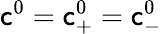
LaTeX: \mathsf{c}^{0}=\mathsf{c}_{+}^{0}=\mathsf{c}_{-}^{0}